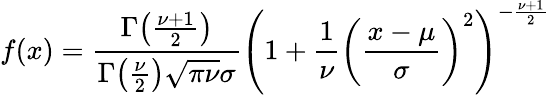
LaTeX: f(x)={\frac{\Gamma{\bigl(}{\frac{\nu+1}{2}}{\bigr)}}{\Gamma{\bigl(}{\frac{\nu}{2}}{\bigr)}{\sqrt{\pi\nu}}\sigma}}\left(1+{\frac{1}{\nu}}\left({\frac{x-\mu}{\sigma}}\right)^{2}\right)^{-{\frac{\nu+1}{2}}}